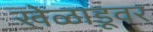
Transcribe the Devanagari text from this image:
खेळाडूवर